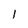
Character: I